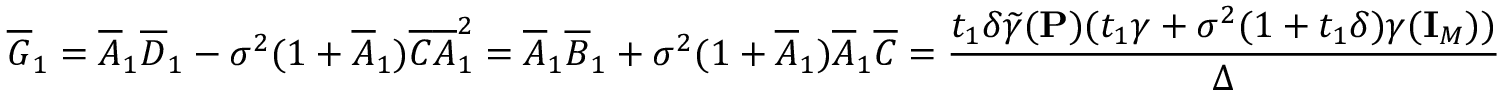
\overline { { G } } _ { 1 } = \overline { { A } } _ { 1 } \overline { { D } } _ { 1 } - \sigma ^ { 2 } ( 1 + \overline { { A } } _ { 1 } ) \overline { { C } } \overline { { A } } _ { 1 } ^ { 2 } = \overline { { A } } _ { 1 } \overline { { B } } _ { 1 } + \sigma ^ { 2 } ( 1 + \overline { { A } } _ { 1 } ) \overline { { A } } _ { 1 } \overline { { C } } = \frac { t _ { 1 } \delta \widetilde { \gamma } ( { \mathbf { P } } ) ( t _ { 1 } \gamma + \sigma ^ { 2 } ( 1 + t _ { 1 } \delta ) \gamma ( { \mathbf { I } } _ { M } ) ) } { \Delta }